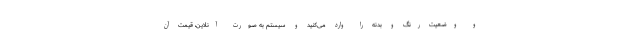
و وضعیت رنگ و بدنه را وارد می‌کنید و سیستم به صورت آنلاین، قیمت آن